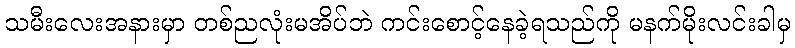
သမီးလေးအနားမှာ တစ်ညလုံးမအိပ်ဘဲ ကင်းစောင့်နေခဲ့ရသည်ကို မနက်မိုးလင်းခါမှ